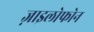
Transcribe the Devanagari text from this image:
ज़ाइलोफोन